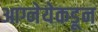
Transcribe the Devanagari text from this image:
आग्नेयेकडून